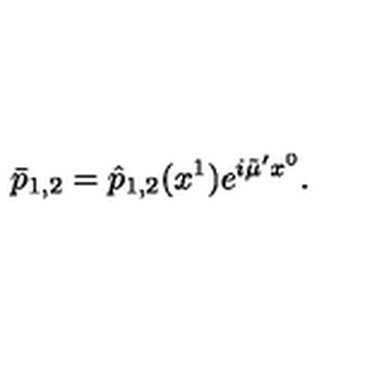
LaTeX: \bar { p } _ { 1 , 2 } = \hat { p } _ { 1 , 2 } ( x ^ { 1 } ) e ^ { i \tilde { \mu } ^ { \prime } x ^ { 0 } } .